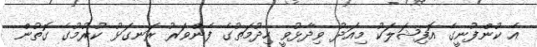
އެ ކުންފުނީގެ އޮފިޝަލަކު މިއަދު ވިދާޅުވީ ހިދުމަތުގެ ފެންވަރު ރަނގަޅު ކުރުމުގެ ގޮތުން